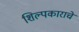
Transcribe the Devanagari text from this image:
शिल्पकाराचे